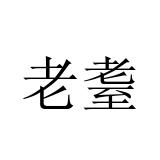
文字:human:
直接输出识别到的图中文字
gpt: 老耋